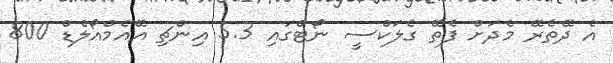
އެ ދޭތެރޭ މެދަށް ފެތޭ ގެލަކްސީ ނޯޓްގައި 5.3 އިންޗި އޭއެމްއޯލެޑް 800